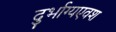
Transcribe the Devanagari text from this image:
दुर्भाग्यएवश